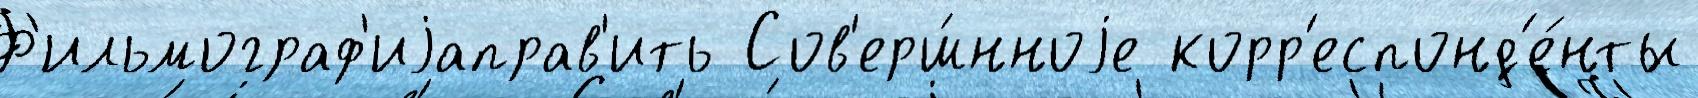
Ф'ильмограф'иjаправ'ить Сов'ерш́нноjе корр'еспонд'е́нты